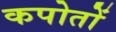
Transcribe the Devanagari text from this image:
कपोतों